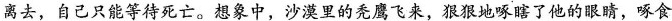
离去，自己只能等待死亡。想象中，沙漠里的秃鹰飞来，狠狠地啄瞎了他的眼睛，啄食